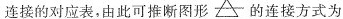
连接的对应表，由此可推断图形的连接方式为